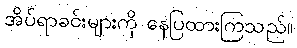
အိပ်ရာခင်းများကို နေပြထားကြသည်။